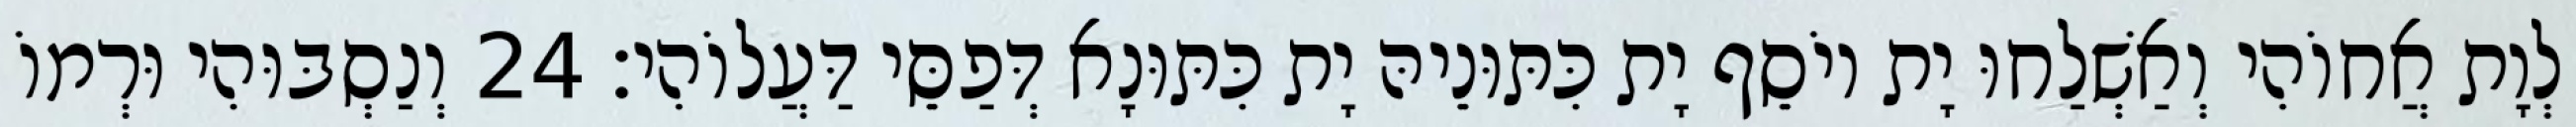
לְוָת אֲחוֹהִי וְאַשְׁלַחוּ יָת יוֹסֵף יָת כִּתּוּנֵיהּ יָת כִּתּוּנָא דְּפַסֵּי דַּעֲלוֹהִי׃ 24 וְנַסְבּוּהִי וּרְמוֹ